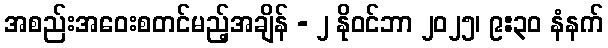
အစည်းအဝေးစတင်မည့်အချိန် - ၂ နိုဝင်ဘာ ၂၀၂၅၊ ၉:၃၀ နံနက်